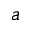
a